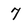
Character: 7